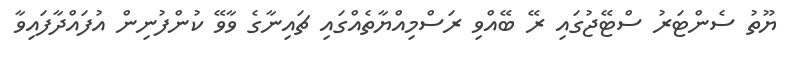
ޔޫތު ސެންޓަރު ސްޓޭޖުގައި ރޭ ބޭއްވި ރަސްމިއްޔާތެއްގައި ޗައިނާގެ ވާވޭ ކުންފުނިން އުފައްދާފައިވާ